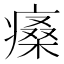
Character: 𤸯